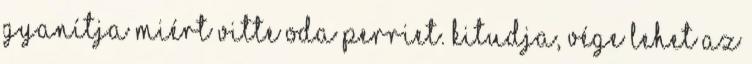
gyanítja miért vitte oda Perriet. Kitudja, vége lehet az